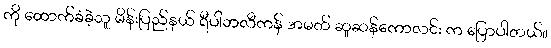
ကို ထောက်ခံခဲ့သူ မိန်းပြည်နယ် ရီပါဘလီကန် အမတ် ဆူဆန်ကောလင်း က ပြောပါတယ်။